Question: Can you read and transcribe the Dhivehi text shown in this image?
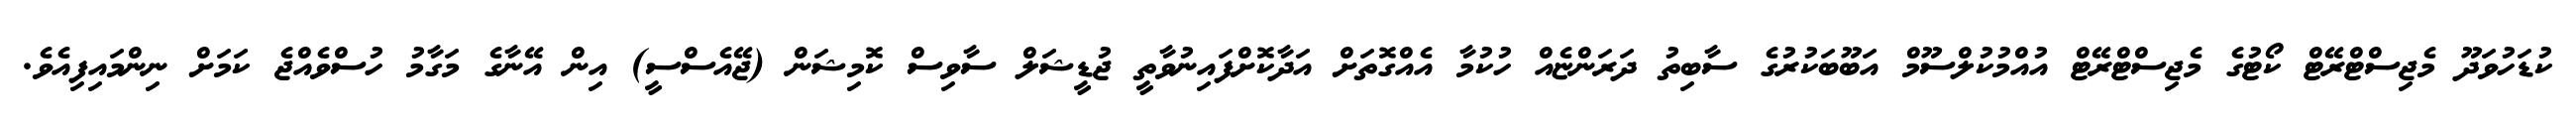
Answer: ކުޑަހުވަދޫ މެޖިސްޓްރޭޓް ކޯޓުގެ މެޖިސްޓްރޭޓް އުއްމުކުލްސޫމް އަބޫބަކުރުގެ ސާބިތު ދަރަންޏެއް ހުކުމާ އެއްގޮތަށް އަދާކޮށްފައިނުވާތީ ޖުޑީޝަލް ސާވިސް ކޮމިޝަން (ޖޭއެސްސީ) އިން އޭނާގެ މަގާމު ހުސްވެއްޖެ ކަމަށް ނިންމައިފިއެވެ.